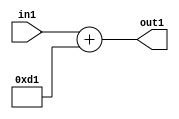
`timescale 1ps / 1ps
/*****************************************************************************
    Verilog RTL Description
    
    
    Created by: Stratus DpOpt 2019.1.01 
*******************************************************************************/

module DC_Filter_Add_12U_32_4 (
	in1,
	out1
	); /* architecture "behavioural" */ 
input [11:0] in1;
output [11:0] out1;
wire [11:0] asc001;

assign asc001 = 
	+(in1)
	+(12'B000011010001);

assign out1 = asc001;
endmodule

/* CADENCE  urnySwk= : u9/ySgnWtBlWxVPRXgAZ4Og= ** DO NOT EDIT THIS LINE ******/